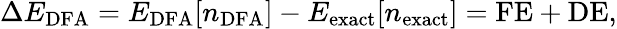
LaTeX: \Delta E_{\mathrm{DFA}}=E_{\mathrm{DFA}}[n_{\mathrm{DFA}}]-E_{\mathrm{exact}}[n_{\mathrm{exact}}]=\mathrm{FE}+\mathrm{DE},